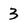
Character: 3